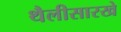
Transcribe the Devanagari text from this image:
थैलीसारखे